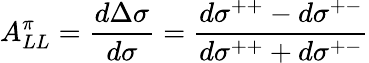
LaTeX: A_{LL}^{\pi}=\frac{d\Delta\sigma}{d\sigma}=\frac{d\sigma^{++}-d\sigma^{+-}}{d\sigma^{++}+d\sigma^{+-}}